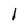
Character: I